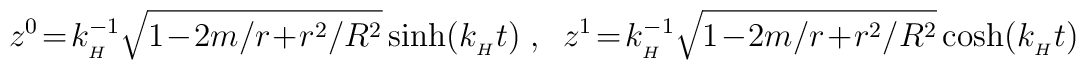
z^{0}\!=\!k_{\mbox{}_H}^{-1}\sqrt{1\!-\!2m/r\!+\! r^2/R^2}\sinh (k_{\mbox{}_H}t)\; , \;\;   z^{1}\!=\!k_{\mbox{}_H}^{-1}\sqrt{1\!-\!2m/r\!+\!r^2/R^2}\cosh (k_{\mbox{}_H}t)